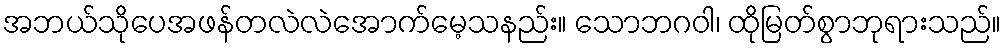
အဘယ်သိုပေအဖန်တလဲလဲအောက်မေ့သနည်း။ သောဘဂဝါ၊ ထိုမြတ်စွာဘုရားသည်။